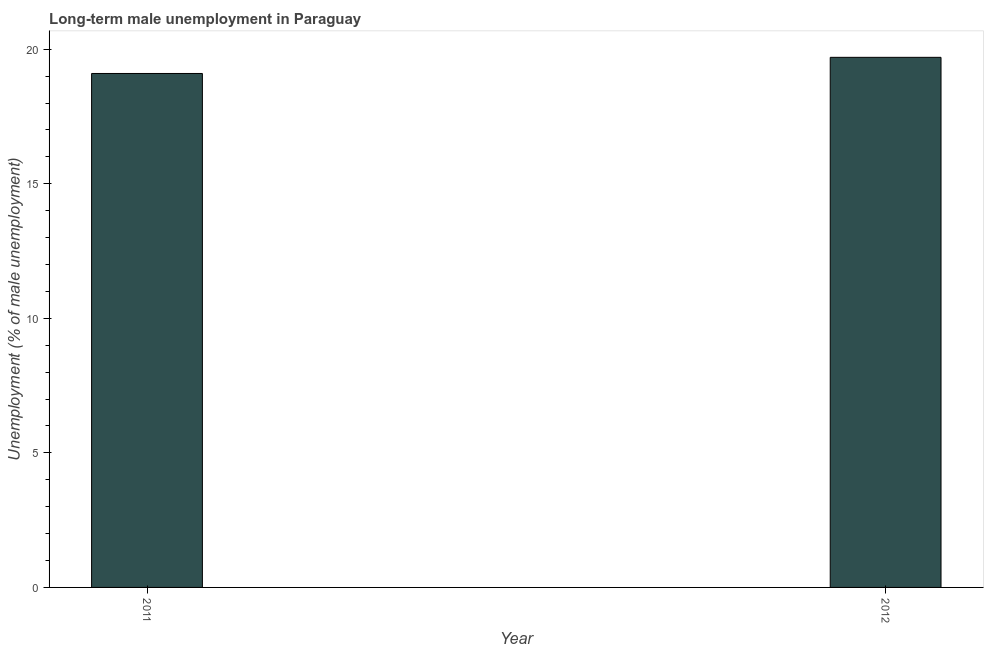
| Year | Long-term unemployment male |
 | --- | --- |
 | 2011 | 19.1 |
 | 2012 | 19.7 |